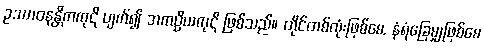
ဥဿာဝနန္တိကကုဋိ ပျက်၍ အကပ္ပိယကုဋိ ဖြစ်သည်။ တိုင်တစ်လုံးဖြစ်စေ, နံရံခြေမျှဖြစ်စေ